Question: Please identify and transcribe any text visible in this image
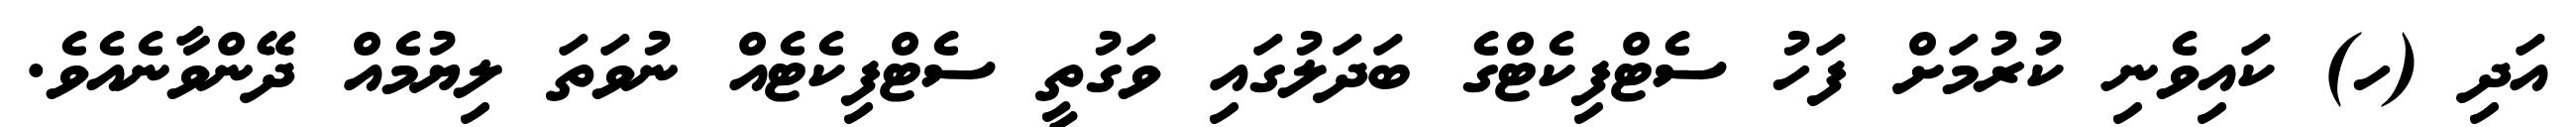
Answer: އަދި (ހ) ކައިވެނި ކުރުމަށް ފަހު ސެޓްފިކެޓްގެ ބަދަލުގައި ވަގުތީ ސެޓްފިކެޓެއް ނުވަތަ ލިޔުމެއް ދޭންވާނެއެވެ.